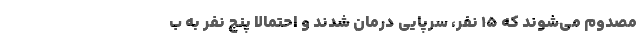
مصدوم می‌شوند که ۱۵ نفر، سرپایی درمان شدند و احتمالا پنج نفر به ب